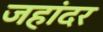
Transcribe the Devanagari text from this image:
जहांदर